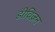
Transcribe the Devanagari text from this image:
डीविज़न